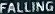
FALLING